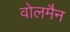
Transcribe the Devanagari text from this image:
वोलमैन